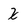
Character: X